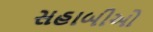
સહાબીઓ